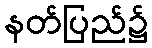
နတ်ပြည်၌